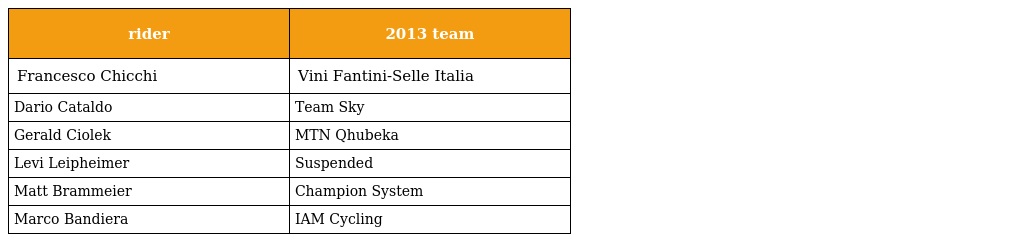
| rider | 2013 team |
 | --- | --- |
 | Francesco Chicchi | Vini Fantini-Selle Italia |
 | Dario Cataldo | Team Sky |
 | Gerald Ciolek | MTN Qhubeka |
 | Levi Leipheimer | Suspended |
 | Matt Brammeier | Champion System |
 | Marco Bandiera | IAM Cycling |